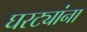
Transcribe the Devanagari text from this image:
घरट्यांना